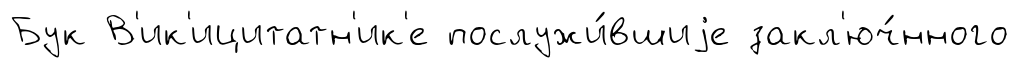
Бук В'ик'ицитатн'ик'е послужи́вшиjе закл'юч́нного